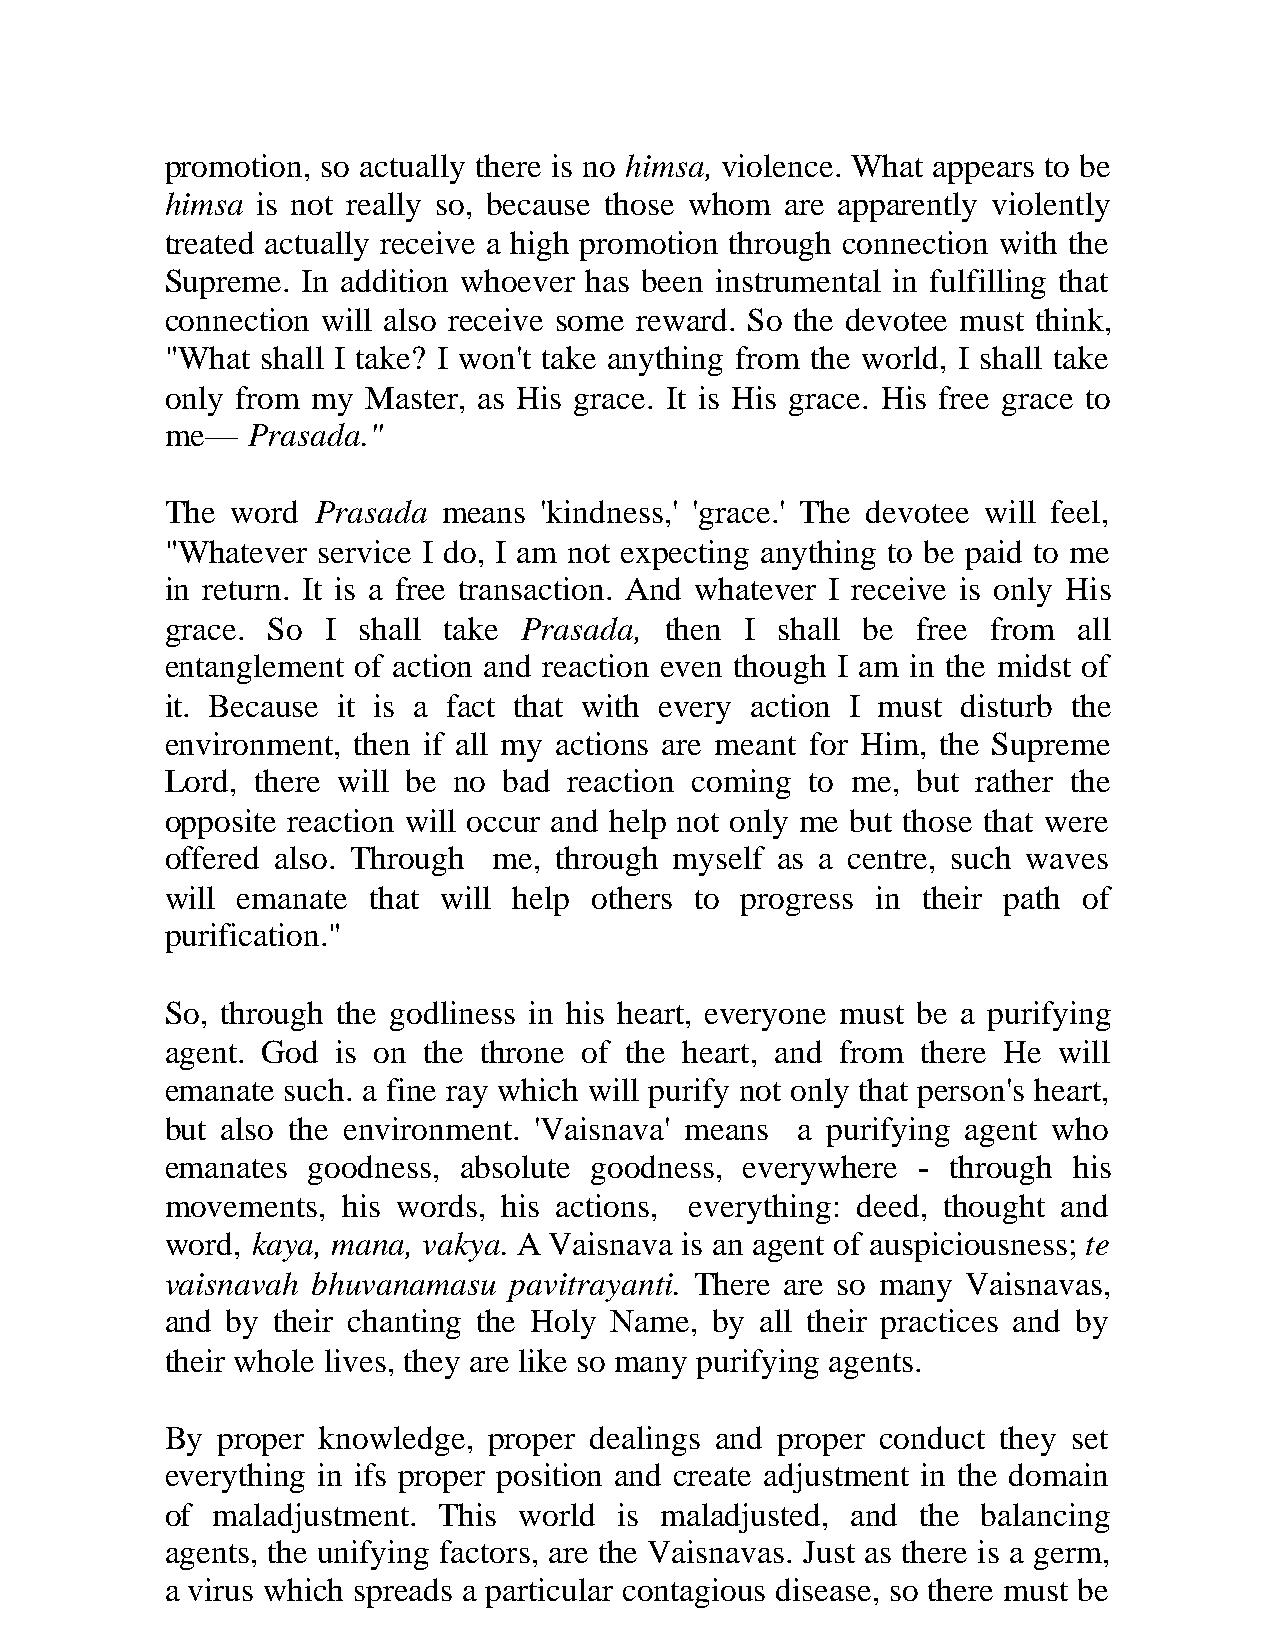
promotion, so actually there is no himsa, violence. What appears to be
 himsa is not really so, because those whom are apparently violently
 treated actually receive a high promotion through connection with the
 Supreme. In addition whoever has been instrumental in fulfilling that
 connection will also receive some reward. So the devotee must think,
 "What shall I take? I won't take anything from the world, I shall take
 only from my Master, as His grace. It is His grace. His free grace to
 me—  Prasada."
 The word  Prasada means  'kindness,' 'grace.' The devotee will feel,
 "Whatever service I do, I am not expecting anything to be paid to me
 in return. It is a free transaction. And whatever I receive is only His
 grace. So  I shall take Prasada, then I shall be  free from all
 entanglement of action and reaction even though I am in the midst of
 it. Because it is a fact that with every action I must disturb the
 environment, then if all my actions are meant for Him, the Supreme
 Lord, there will be no bad reaction coming to me, but rather the
 opposite reaction will occur and help not only me but those that were
 offered also. Through me, through myself as a centre, such waves
 will emanate that will help others to progress in their path of
 purification."
 So, through the godliness in his heart, everyone must be a purifying
 agent. God is on the throne of the heart, and from there He will
 emanate such. a fine ray which will purify not only that person's heart,
 but also the environment. 'Vaisnava' means a purifying agent who
 emanates goodness, absolute goodness, everywhere  - through his
 movements,  his words, his actions, everything: deed, thought and
 word, kaya, mana, vakya. A Vaisnava is an agent of auspiciousness; te
 vaisnavah bhuvanamasu  pavitrayanti. There are so many Vaisnavas,
 and by their chanting the Holy Name, by all their practices and by
 their whole lives, they are like so many purifying agents.
 By proper knowledge, proper dealings and proper conduct they set
 everything in ifs proper position and create adjustment in the domain
 of maladjustment. This world  is maladjusted, and the balancing
 agents, the unifying factors, are the Vaisnavas. Just as there is a germ,
 a virus which spreads a particular contagious disease, so there must be